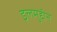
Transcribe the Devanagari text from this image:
इलमुद्दीन